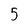
Character: 5